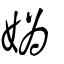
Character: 媯